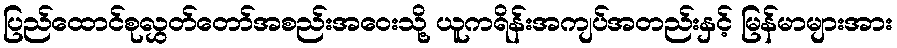
ပြည်ထောင်စုလွှတ်တော်အစည်းအဝေးသို့ ယူကရိန်းအကျပ်အတည်းနှင့် မြန်မာများအား